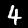
Label: 4